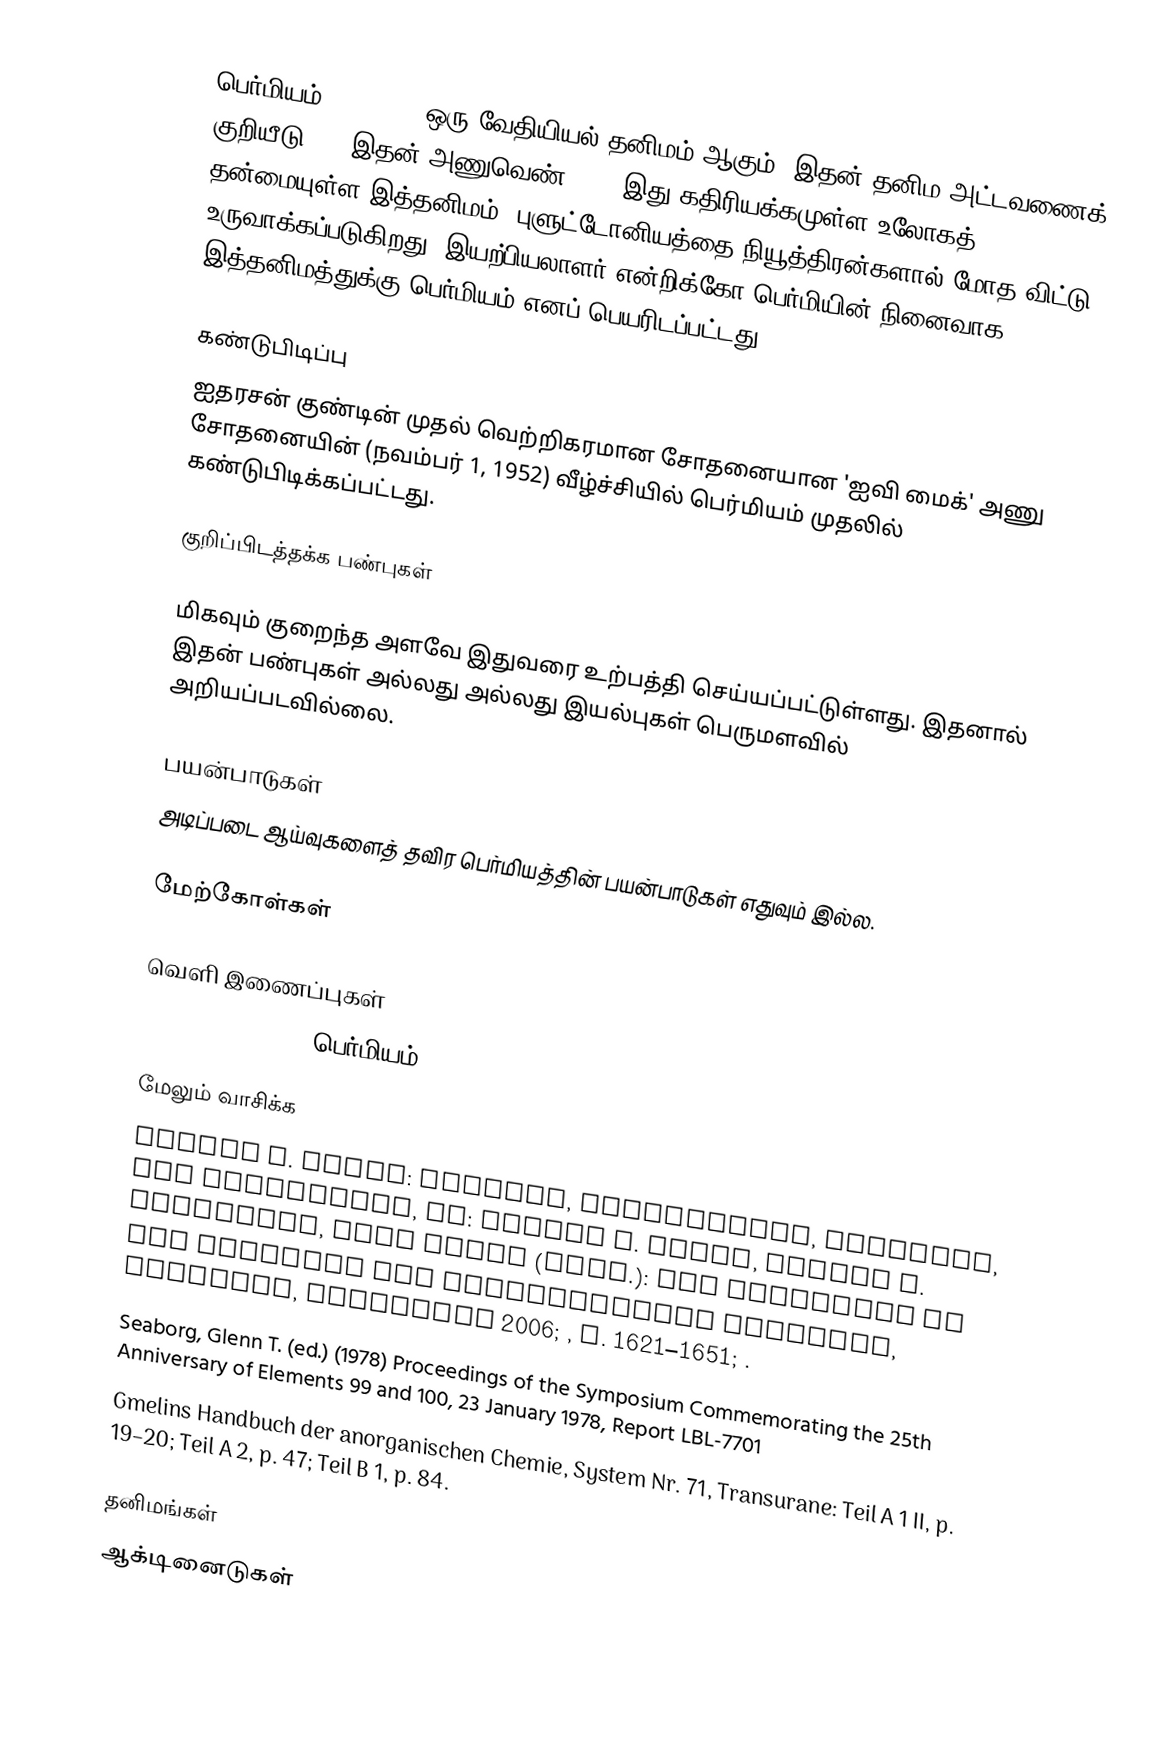
பெர்மியம் (Fermium) ஒரு வேதியியல் தனிமம் ஆகும். இதன் தனிம அட்டவணைக் குறியீடு Fm. இதன் அணுவெண் 100. இது கதிரியக்கமுள்ள உலோகத் தன்மையுள்ள இத்தனிமம், புளுட்டோனியத்தை நியூத்திரன்களால் மோத விட்டு உருவாக்கப்படுகிறது. இயற்பியலாளர் என்றிக்கோ பெர்மியின் நினைவாக இத்தனிமத்துக்கு பெர்மியம் எனப் பெயரிடப்பட்டது.

கண்டுபிடிப்பு
ஐதரசன் குண்டின் முதல் வெற்றிகரமான சோதனையான 'ஐவி மைக்' அணு சோதனையின் (நவம்பர் 1, 1952) வீழ்ச்சியில் பெர்மியம் முதலில் கண்டுபிடிக்கப்பட்டது.

குறிப்பிடத்தக்க பண்புகள்

மிகவும் குறைந்த அளவே இதுவரை உற்பத்தி செய்யப்பட்டுள்ளது. இதனால் இதன் பண்புகள் அல்லது அல்லது இயல்புகள் பெருமளவில் அறியப்படவில்லை.

பயன்பாடுகள்
அடிப்படை ஆய்வுகளைத் தவிர பெர்மியத்தின் பயன்பாடுகள் எதுவும் இல்ல.

மேற்கோள்கள்

வெளி இணைப்புகள்
 WebElements.com - பெர்மியம்

மேலும் வாசிக்க
 Robert J. Silva: Fermium, Mendelevium, Nobelium, and Lawrencium, in: Lester R. Morss, Norman M. Edelstein, Jean Fuger (Hrsg.): The Chemistry of the Actinide and Transactinide Elements, Springer, Dordrecht 2006; , p. 1621–1651; .
 Seaborg, Glenn T. (ed.) (1978) Proceedings of the Symposium Commemorating the 25th Anniversary of Elements 99 and 100, 23 January 1978, Report LBL-7701
 Gmelins Handbuch der anorganischen Chemie, System Nr. 71, Transurane: Teil A 1 II, p. 19–20; Teil A 2, p. 47; Teil B 1, p. 84.

தனிமங்கள்
ஆக்டினைடுகள்